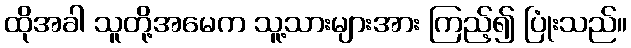
ထိုအခါ သူတို့အမေက သူ့သားများအား ကြည့်၍ ပြုံးသည်။